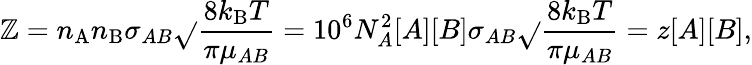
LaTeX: \mathbb{Z}=n_{\mathrm{{A}}}n_{\mathrm{{B}}}\sigma_{AB}{\sqrt{}{{\frac{{8k_{\mathrm{{B}}}T}}{{\pi\mu_{AB}}}}}}=10^{6}N_{A}^{2}[A][B]\sigma_{AB}{\sqrt{}{{\frac{{8k_{\mathrm{{B}}}T}}{{\pi\mu_{AB}}}}}}=z[A][B],